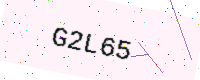
Text: G2L65